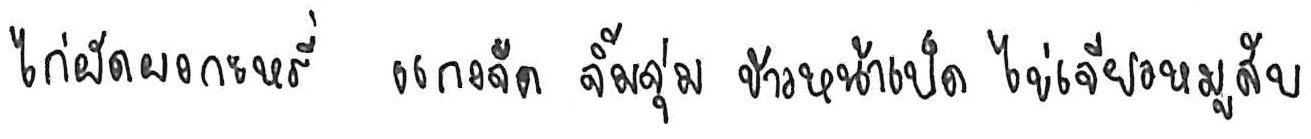
ไก่ผัดผงกะหรี่ แกงจืด จิ้มจุ่ม ข้าวหน้าเป็ด ไข่เจียวหมูสับ